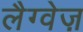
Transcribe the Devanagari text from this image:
लैग्वेज़